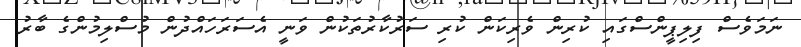
ނަމަވެސް ފިލިޕީންސްގައި ކުރިން ވެރިކަން ކުރި ސަރުކާރުތަކުން ވަނީ އެސަރަހައްދުން މުސްލިމުންގެ ބާރު